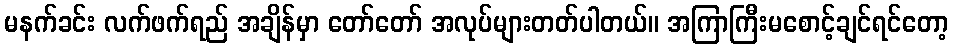
မနက်ခင်း လက်ဖက်ရည် အချိန်မှာ တော်တော် အလုပ်များတတ်ပါတယ်။ အကြာကြီးမစောင့်ချင်ရင်တော့